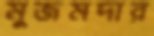
মুজমদার